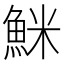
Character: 䱊